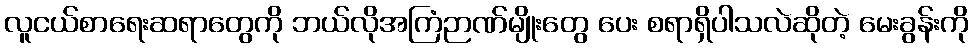
လူငယ်စာရေးဆရာတွေကို ဘယ်လိုအကြံဉာဏ်မျိုးတွေ ပေး စရာရှိပါသလဲဆိုတဲ့ မေးခွန်းကို